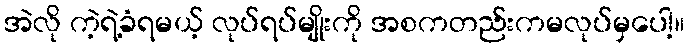
အဲလို ကဲ့ရဲ့ခံရမယ့် လုပ်ရပ်မျိုးကို အစကတည်းကမလုပ်မှပေါ့။